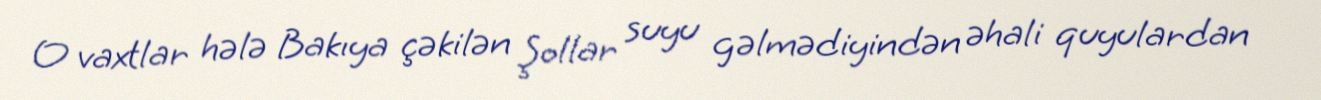
O vaxtlar hələ Bakıya çəkilən Şollar suyu gəlmədiyindən əhali quyulardan